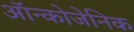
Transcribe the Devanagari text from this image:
ऑन्कोजेनिक